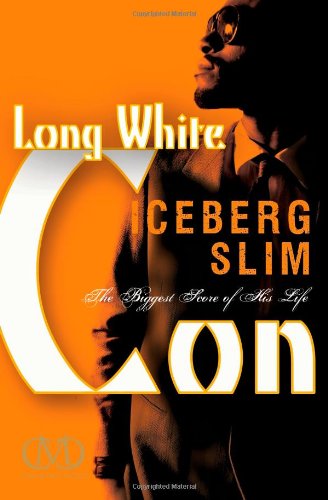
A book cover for Long White Con: The Biggest Score of His Life; Iceberg Slim; Literature & Fiction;